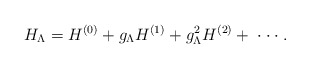
\begin{align*}H_\Lambda = H^{(0)} + g_\Lambda H^{(1)} + g^2_\Lambda H^{(2)} +\;\cdot \cdot \cdot \;.\end{align*}